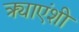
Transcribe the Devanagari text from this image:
त्र्याएंशी